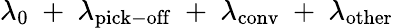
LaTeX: \lambda_{0}~+~\lambda_{\mathrm{pick-off}}~+~\lambda_{\mathrm{conv}}~+~\lambda_{\mathrm{other}}